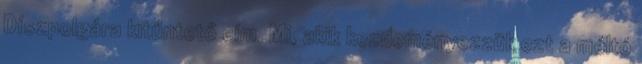
Díszpolgára kitűntető cím. Mi, akik kezdeményezzük ezt a méltó